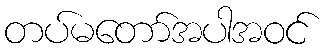
တပ်မတော်အပါအဝင်